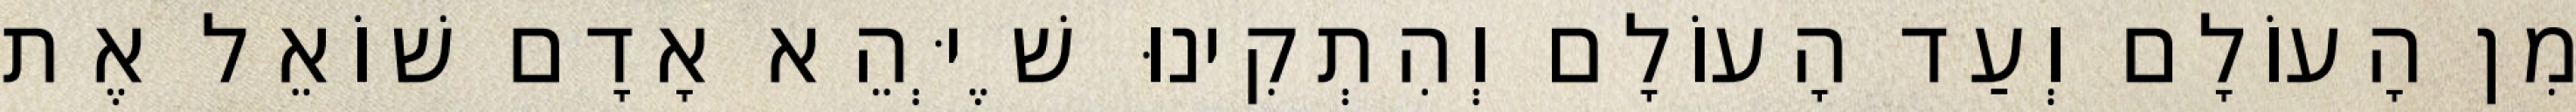
מִן הָעוֹלָם וְעַד הָעוֹלָם וְהִתְקִינוּ שֶׁיְּהֵא אָדָם שׁוֹאֵל אֶת